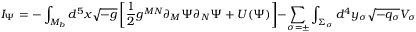
I _ { \Psi } = - \int _ { { \cal M } _ { b } } d ^ { 5 } x \sqrt { - g } \left[ \frac { 1 } { 2 } g ^ { M N } \partial _ { M } \Psi \partial _ { N } \Psi + U ( \Psi ) \right] - \sum _ { \sigma = \pm } \int _ { \Sigma _ { \sigma } } d ^ { 4 } y _ { \sigma } \sqrt { - q _ { \sigma } } V _ { \sigma } ( \Psi _ { \sigma } )